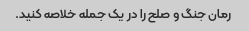
رمان جنگ و صلح را در یک جمله خلاصه کنید.